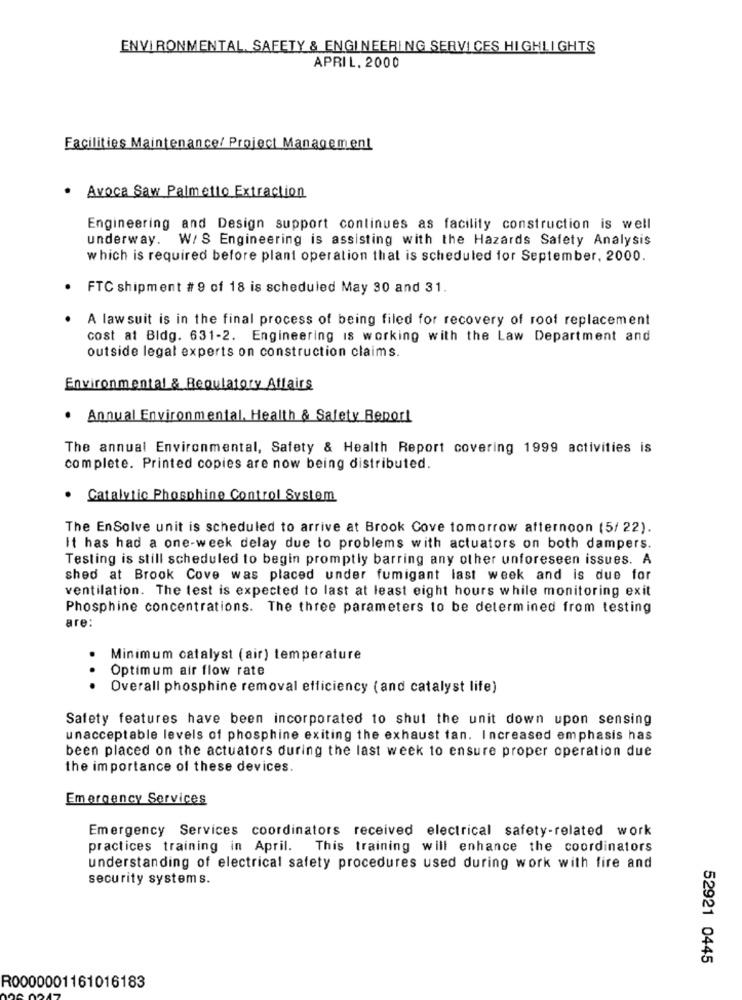
ENVIRONMENTAL, SAFETY & ENGINEERING SERVICES HIGHLIGHTS
APRIL, 2000
Facilities Maintenance/ Project Management
· Avoca Saw Palmetto Extraction
Engineering and Design support continues as facility construction is well
underway. W/ S Engineering is assisting with the Hazards Safety Analysis
which is required before plant operation that is scheduled for September, 2000.
FTC shipment # 9 of 18 is scheduled May 30 and 31.
.
A lawsuit is in the final process of being filed for recovery of roof replacement
cost at Bldg. 631-2. Engineering is working with the Law Department and
outside legal experts on construction claims.
Environmental & Regulatory Affairs
. Annual Environmental, Health & Safety Report
The annual Environmental, Safety & Health Report covering 1999 activities is
complete. Printed copies are now being distributed.
· Catalytic Phosphine Control System
The EnSolve unit is scheduled to arrive at Brook Cove tomorrow afternoon (5/ 22).
It has had a one-week delay due to problems with actuators on both dampers.
Testing is still scheduled to begin promptly barring any other unforeseen issues. A
shed at Brook Cove was placed under fumigant last week and is due for
ventilation. The test is expected to last at least eight hours while monitoring exit
Phosphine concentrations. The three parameters to be determined from testing
are:
Minimum catalyst (air) temperature
Optimum air flow rate
..
Overall phosphine removal efficiency (and catalyst life)
Safety features have been incorporated to shut the unit down upon sensing
unacceptable levels of phosphine exiting the exhaust fan. Increased emphasis has
been placed on the actuators during the last week to ensure proper operation due
the importance of these devices.
Emergency Services
Emergency Services coordinators received electrical safety-related work
practices training in April. This training will enhance the coordinators
understanding of electrical safety procedures used during work with fire and
security systems.
52921 0445
R0000001161016183